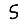
Digit: 5